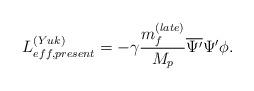
LaTeX: \begin{align*}L_{eff, present}^{(Yuk)}=-\gamma\frac{m_{f}^{(late)}}{M_{p}}\overline{\Psi^{\prime}}\Psi^{\prime}\phi .\end{align*}